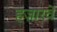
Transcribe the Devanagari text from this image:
हज़ारवें